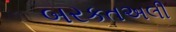
બરકતઅલી